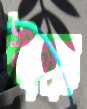
নীহার